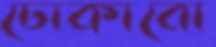
ঢোকাবো